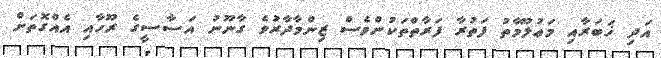
އަދި ޚަބަރާއި މަޢުލޫމާތު ފަތުރާ ފަރާތްތަކުންވެސް ޒިންމާދާރުވެ ގާނޫނު އަސާސީގެ ރޫހާއި އެއްގޮތަށް